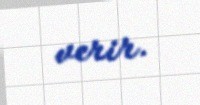
verir.